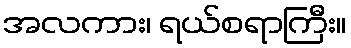
အလကား၊ ရယ်စရာကြီး။